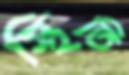
স্থিতি